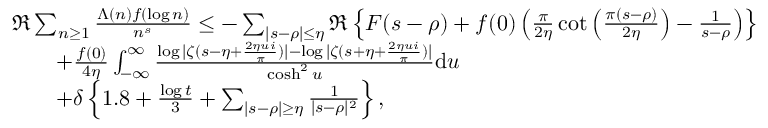
\begin{array} { r l } & { \Re \sum _ { n \ge 1 } \frac { \Lambda ( n ) f ( \log n ) } { n ^ { s } } \le - \sum _ { | s - \rho | \le \eta } \Re \left\{ F ( s - \rho ) + f ( 0 ) \left( \frac { \pi } { 2 \eta } \cot \left( \frac { \pi ( s - \rho ) } { 2 \eta } \right) - \frac { 1 } { s - \rho } \right) \right\} } \\ & { \qquad + \frac { f ( 0 ) } { 4 \eta } \int _ { - \infty } ^ { \infty } \frac { \log | \zeta ( s - \eta + \frac { 2 \eta u i } { \pi } ) | - \log | \zeta ( s + \eta + \frac { 2 \eta u i } { \pi } ) | } { \cosh ^ { 2 } u } \mathrm { d } u } \\ & { \qquad + \delta \left\{ 1 . 8 + \frac { \log t } { 3 } + \sum _ { | s - \rho | \ge \eta } \frac { 1 } { | s - \rho | ^ { 2 } } \right\} , } \end{array}